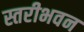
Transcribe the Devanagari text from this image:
स्तरीभवन